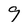
Character: 9